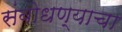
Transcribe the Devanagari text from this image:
संबोधण्याचा